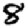
Digit: 8